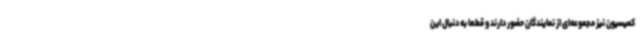
کمیسیون نیز مجموعه‌ای از نمایندگان حضور دارند و قطعا به دنبال این